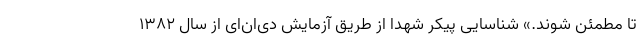
تا مطمئن شوند.» شناسایی پیکر شهدا از طریق آزمایش دی‌ان‌ای از سال ۱۳۸۲